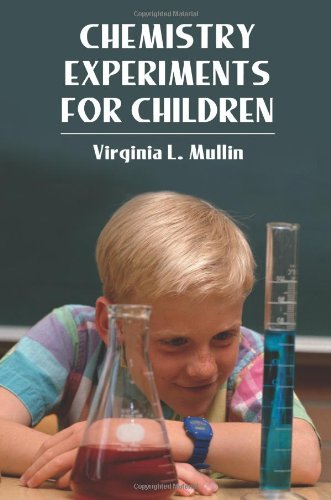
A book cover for Chemistry Experiments for Children (Dover Children's Science Books); Virginia L. Mullin; Science & Math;